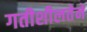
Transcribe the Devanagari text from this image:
गतीशीलतेने